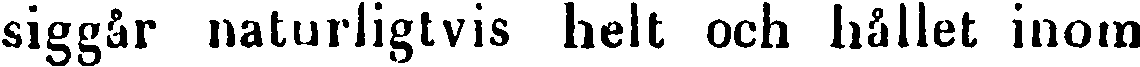
siggår naturligtvis helt och hållet inom